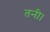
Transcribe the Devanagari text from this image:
तनी।